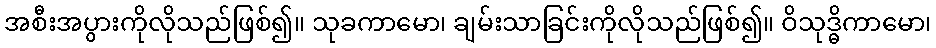
အစီးအပွားကိုလိုသည်ဖြစ်၍။ သုခကာမော၊ ချမ်းသာခြင်းကိုလိုသည်ဖြစ်၍။ ဝိသုဒ္ဓိကာမော၊